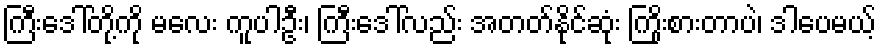
ကြီးဒေါ်တို့ကို မလေး ကူပါဦး၊ ကြီးဒေါ်လည်း အတတ်နိုင်ဆုံး ကြိုးစားတာပဲ၊ ဒါပေမယ့်